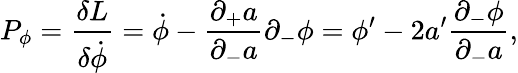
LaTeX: P_{\phi}={\frac{\delta L}{\delta\dot{\phi}}}=\dot{\phi}-{\frac{\partial_{+}a}{\partial_{-}a}}\partial_{-}\phi=\phi^{\prime}-{2a^{\prime}}{\frac{\partial_{-}\phi}{\partial_{-}a}},